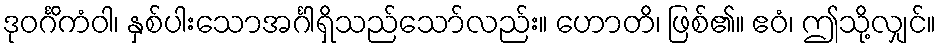
ဒုဝင်္ဂိကံဝါ၊ နှစ်ပါးသောအင်္ဂါရှိသည်သော်လည်း။ ဟောတိ၊ ဖြစ်၏။ ဧဝံ၊ ဤသို့လျှင်။